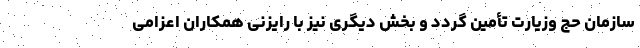
سازمان حج وزیارت تأمین گردد و بخش دیگری نیز با رایزنی همکاران اعزامی